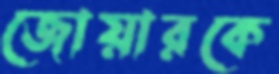
জোয়ারকে